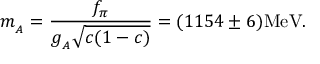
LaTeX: m _ { _ A } = \frac { f _ { \pi } } { g _ { _ A } \sqrt { c ( 1 - c ) } } = ( 1 1 5 4 \pm 6 ) \mathrm { M e V } .